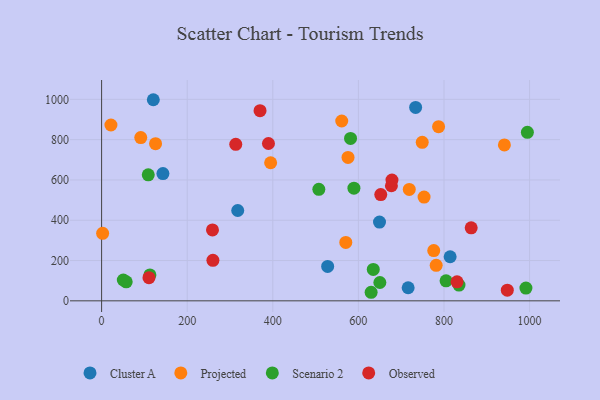
{"axis": {"x": "Ad Spend", "y": "Demand"}, "legend": ["Cluster A", "Observed", "Projected", "Scenario 2"], "data": [{"x": "814.4", "y": 218.7, "type": "Cluster A"}, {"x": "528.2", "y": 171.0, "type": "Cluster A"}, {"x": "649.4", "y": 391.0, "type": "Cluster A"}, {"x": "318.1", "y": 448.3, "type": "Cluster A"}, {"x": "120.8", "y": 998.1, "type": "Cluster A"}, {"x": "143.3", "y": 631.4, "type": "Cluster A"}, {"x": "716.3", "y": 65.0, "type": "Cluster A"}, {"x": "733.8", "y": 960.1, "type": "Cluster A"}, {"x": "561.1", "y": 892.6, "type": "Projected"}, {"x": "941.2", "y": 773.6, "type": "Projected"}, {"x": "395.0", "y": 685.2, "type": "Projected"}, {"x": "781.8", "y": 176.1, "type": "Projected"}, {"x": "91.5", "y": 810.3, "type": "Projected"}, {"x": "749.2", "y": 786.7, "type": "Projected"}, {"x": "2.4", "y": 334.9, "type": "Projected"}, {"x": "126.1", "y": 780.1, "type": "Projected"}, {"x": "776.1", "y": 249.3, "type": "Projected"}, {"x": "787.4", "y": 864.5, "type": "Projected"}, {"x": "21.8", "y": 872.7, "type": "Projected"}, {"x": "753.5", "y": 515.0, "type": "Projected"}, {"x": "718.9", "y": 552.7, "type": "Projected"}, {"x": "570.6", "y": 290.0, "type": "Projected"}, {"x": "575.8", "y": 711.6, "type": "Projected"}, {"x": "112.9", "y": 128.6, "type": "Scenario 2"}, {"x": "57.5", "y": 94.3, "type": "Scenario 2"}, {"x": "507.6", "y": 553.2, "type": "Scenario 2"}, {"x": "50.7", "y": 103.5, "type": "Scenario 2"}, {"x": "804.9", "y": 99.1, "type": "Scenario 2"}, {"x": "835.1", "y": 78.1, "type": "Scenario 2"}, {"x": "634.8", "y": 156.0, "type": "Scenario 2"}, {"x": "991.5", "y": 63.4, "type": "Scenario 2"}, {"x": "650.2", "y": 91.1, "type": "Scenario 2"}, {"x": "629.8", "y": 42.5, "type": "Scenario 2"}, {"x": "589.6", "y": 558.9, "type": "Scenario 2"}, {"x": "109.0", "y": 625.2, "type": "Scenario 2"}, {"x": "994.9", "y": 836.4, "type": "Scenario 2"}, {"x": "581.7", "y": 806.2, "type": "Scenario 2"}, {"x": "260.1", "y": 201.1, "type": "Observed"}, {"x": "677.2", "y": 571.1, "type": "Observed"}, {"x": "259.1", "y": 351.8, "type": "Observed"}, {"x": "863.6", "y": 362.6, "type": "Observed"}, {"x": "678.5", "y": 599.3, "type": "Observed"}, {"x": "313.5", "y": 777.0, "type": "Observed"}, {"x": "370.2", "y": 943.6, "type": "Observed"}, {"x": "652.3", "y": 527.5, "type": "Observed"}, {"x": "110.7", "y": 115.0, "type": "Observed"}, {"x": "948.0", "y": 53.1, "type": "Observed"}, {"x": "389.9", "y": 780.8, "type": "Observed"}, {"x": "830.5", "y": 94.3, "type": "Observed"}]}